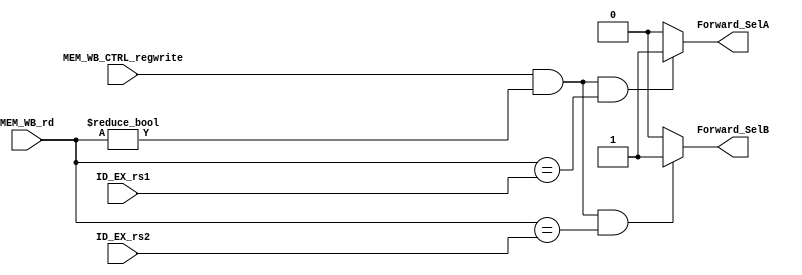
`timescale 1ns / 1ps
//////////////////////////////////////////////////////////////////////////////////
// Company: 
// Engineer: 
// 
// Design Name: 
// Module Name: forwarding_unit
// Project Name: 
// Target Devices: 
// Tool Versions: 
// Description: 
// 
// Dependencies: 
// 
// Revision:
// Revision 0.01 - File Created
// Additional Comments:
// 
//////////////////////////////////////////////////////////////////////////////////


module forwarding_unit( input [4:0] ID_EX_rs1, ID_EX_rs2, MEM_WB_rd, input MEM_WB_CTRL_regwrite, output reg Forward_SelA, Forward_SelB);

    always@(*)
    
        begin 
        if ( (MEM_WB_CTRL_regwrite==1'b1) && (MEM_WB_rd != 0)  && (MEM_WB_rd ==  ID_EX_rs1) )
        Forward_SelA = 1'b1; 
        else 
        Forward_SelA = 1'b0;
        
        if ( (MEM_WB_CTRL_regwrite==1'b1) && ( MEM_WB_rd != 0) && ( MEM_WB_rd == ID_EX_rs2) )
        Forward_SelB = 1'b1;
        else 
        Forward_SelB = 1'b0;

        end
endmodule